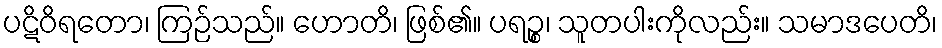
ပဋိဝိရတော၊ ကြဉ်သည်။ ဟောတိ၊ ဖြစ်၏။ ပရဉ္စ၊ သူတပါးကိုလည်း။ သမာဒပေတိ၊